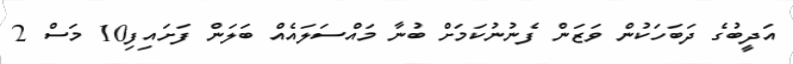
އަދީބުގެ ދަބަހަކުން ވަޒަން ފެނުނުކަމަށް ބުނާ މައްސަލައެއް ބަލަން ފަށައިފި10 މަސް 2